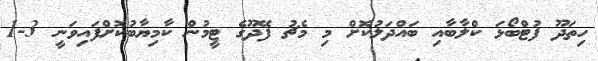
ހިތަދޫ ފުޓްބޯޅަ ކްލާބާއި ބައްދަލުކޮށް މި މެޗު ފޭދޫގެ ޓީމުން ކާމިޔާބުކޮށްފައިވަނީ 3-1